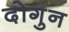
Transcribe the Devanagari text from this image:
दोगुन